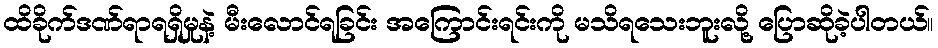
ထိခိုက်ဒဏ်ရာရရှိမှုနဲ့ မီးလောင်ရခြင်း အကြောင်းရင်းကို မသိရသေးဘူးလို့ ပြောဆိုခဲ့ပါတယ်။